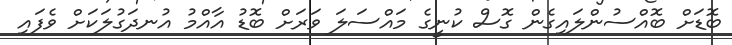
ބޮޑަށް ބޮއްސުންލައިގެން ގޮސް ކުނީގެ މައްސަލަ ވަރަށް ބޮޑު އާއްމު އުނދަގުލަކަށް ވެފައި